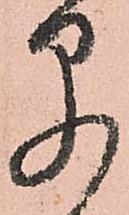
早